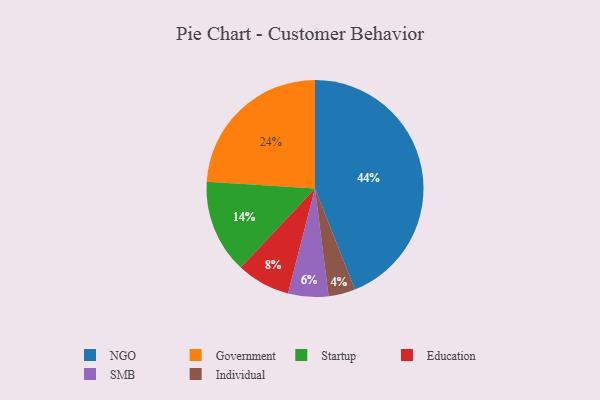
{"axis": {"x": "Category", "y": "Percentage"}, "legend": ["Education", "Government", "Individual", "NGO", "SMB", "Startup"], "data": [{"x": "Startup", "y": 14, "type": "Startup"}, {"x": "Government", "y": 24, "type": "Government"}, {"x": "Individual", "y": 4, "type": "Individual"}, {"x": "SMB", "y": 6, "type": "SMB"}, {"x": "Education", "y": 8, "type": "Education"}, {"x": "NGO", "y": 44, "type": "NGO"}]}